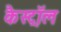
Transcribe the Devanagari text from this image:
कैस्ट्रॉल